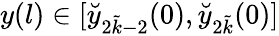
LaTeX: y(l)\in[\breve{y}_{2\tilde{k}-2}(0),\breve{y}_{2\tilde{k}}(0)]